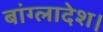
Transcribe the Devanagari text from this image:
बांग्‍लादेश।